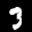
Label: 3